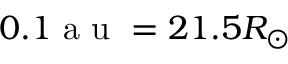
0 . 1 \mathrm { ~ a ~ u ~ } = 2 1 . 5 R _ { \odot }